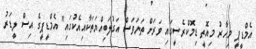
އެމްޑީޕީ މިހާރު މިއޮތީ ޑިމޮކްރެސީގައި ވަރަށް ތަނަވަސް އަގުލަބިއްޔަތަކާއިއެކުގައި" އެމްޑީޕީގެ އިސް ލީޑަރު